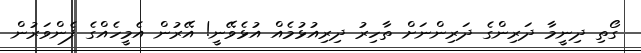
ގޯތި ދިނީމާ ދަރިންގެ ދަރިންނަށް ތާހިރު ދިރިއުޅުމެއް އުޅެވޭނީ! އޭރުން އެމީހެއްގެ ފެންވަރުން